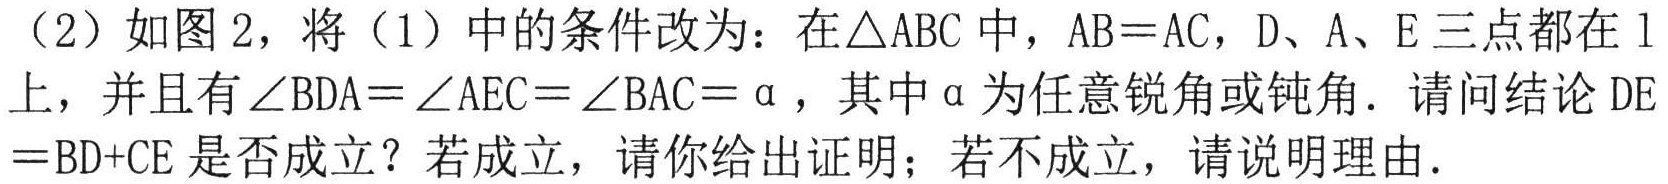
（2）如图2，将（1）中的条件改为：在\(\triangle ABC\)中，\(AB = AC\)，\(D\)、\(A\)、\(E\)三点都在\(l\)上，并且有\(\angle BDA=\angle AEC = \angle BAC=\alpha\)，其中\(\alpha\)为任意锐角或钝角．请问结论\(DE = BD + CE\)是否成立？若成立，请你给出证明；若不成立，请说明理由．